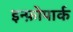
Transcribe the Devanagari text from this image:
इन्फ़ोपार्क